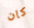
كان